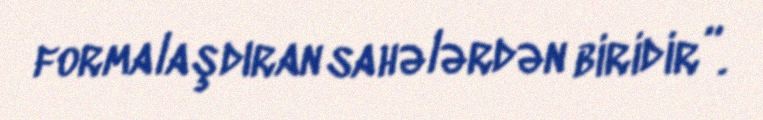
formalaşdıran sahələrdən biridir”.